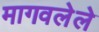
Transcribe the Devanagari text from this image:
मागवलेले